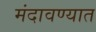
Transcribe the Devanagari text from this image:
मंदावण्यात